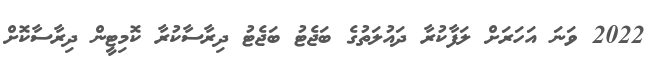
2022 ވަނަ އަހަރަށް ލަފާކުރާ ދައުލަތުގެ ބަޖެޓު ބަޖެޓު ދިރާސާކުރާ ކޮމިޓީން ދިރާސާކޮށް